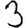
Digit: 3